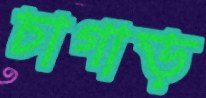
চাগাড়